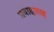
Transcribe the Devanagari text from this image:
प्रवाहासह